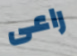
راعى